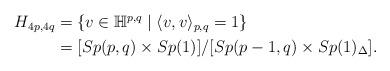
LaTeX: \begin{align*}\begin{aligned} H_{4p,4q} &= \{v\in {\mathbb H}^{p,q} \mid \langle v,v\rangle_{p,q} = 1\}\\ &= [Sp(p,q)\times Sp(1)]/[Sp(p-1,q)\times Sp(1)_\Delta].\end{aligned}\end{align*}